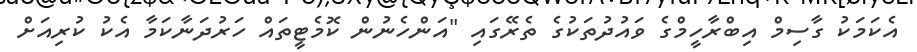
އެކަމަކު ގާސިމް އިބްރާހީމްގެ ވައުދުތަކުގެ ތެރޭގައި "އަންހެނުން ކޮމެޓީތައް ހަރުދަނާކަމާ އެކު ކުރިއަށް